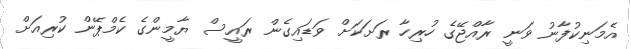
އެމަނިކުފާނު ވަނީ ރާއްޖޭގެ ހުރިހާ ރަށަކަށް ވަޑައިގެން ރައީސް ޔާމީންގެ ކެމްޕޭން ކުރިއަށް